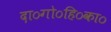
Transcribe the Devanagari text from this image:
दा०गो०हि०का०